Leaving Certificate Examination, 1903
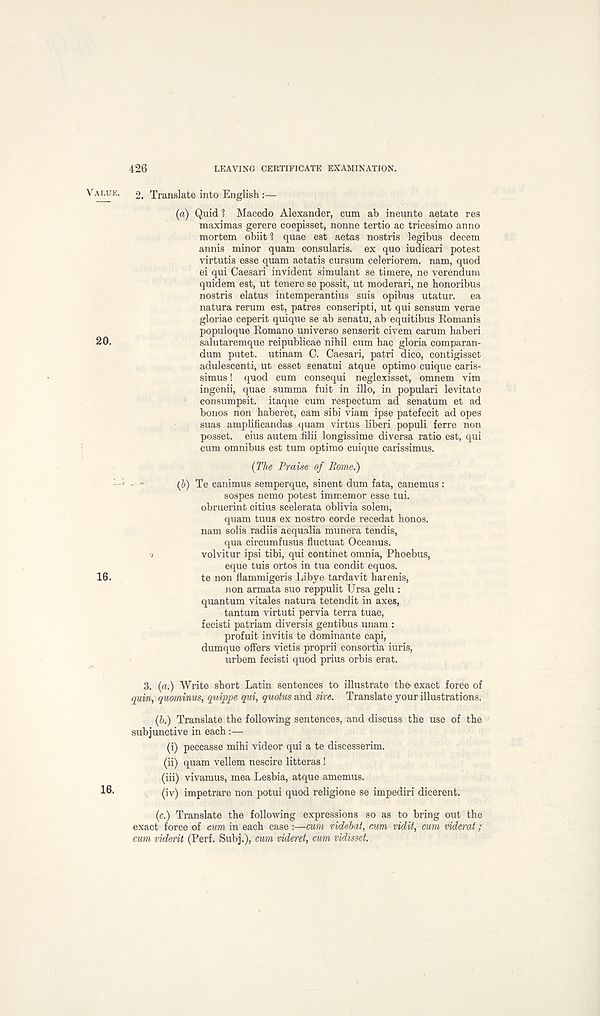
426
LEAVING CERTIFICATE EXAMINATION.
2. Translate into English
(a) Quid 1 Macedo Alexander, cum ab ineunte aetate res
maximas gerere coepisset, nonne tertio ac tricesimo anno
mortem obiit 1 quae est aetas nostris legibus decern
annis minor quam consularis. ex quo iudicari potest
virtutis esse quam aetatis cursum celeriorem. nam, quod
ei qui Caesari invident simulant se timere, ne verendum
quidem est, ut tenere se possit, ut moderari, ne honoribus
nostris elatus intemperantius suis opibus utatur.
ea
natura rerum est, patres conscripti, ut qui sensum verae
gloriae ceperit quique se ab senatu, ab equitibus Eomanis
populoque Romano universe senserit civem carum haberi
salutaremque reipublicae nihil cum hac gloria comparan-
dum putet. utinam 0. Caesari, patri dice, contigisset
adulescenti, ut esset senatui atque optimo cuique caris-
simus! quod cum consequi neglexisset, omnem vim
ingenii, quae summa fuit in illo, in populari levitate
consumpsit. itaque cum respectum ad senatum et ad
bonos non haberet, earn sibi viam ipse patefecit ad opes
suas amplificandas quam virtus liberi populi ferre non
posset, eius autem filii longissime diversa ratio est, qui
cum omnibus est turn optimo cuique carissimus.
(The Praise of Rome.)
- "
(b) Te canimus semperque, sinent dum fata, canemus :
sospes nemo potest immemor esse tui.
obruerint citius scelerata oblivia solem,
quam tuus ex nostro corde recedat honos.
nam solis radiis aequalia munera tendis,
qua circumfusus fluctuat Oceanus.
J
volvitur ipsi tibi, qui continet omnia, Phoebus,
eque tuis ortos in tua condit equos.
te non flammigeris Li bye tardavit harenis,
non armata suo reppulit Ursa gelu :
quantum vitales natura tetendit in axes,
tantum virtuti pervia terra tuae,
fecisti patriam diversis gentibus unam :
profuit invitis te dominante capi,
dumque offers victis proprii consortia iuris,
urbem fecisti quod prius orbis erat.
3. (a.) Write short Latin sentences to illustrate the- exact force of
quin, quominus, quippe qui, quotas and sive. Translate your illustrations.
(b.) Translate the following sentences, and discuss the use of the
subjunctive in each :—
(i) peccasse mihi videor qui a te discesserim.
(ii) quam vellem nescire litteras !
(iii) vivamus, mea Lesbia, atque amemus.
(iv) impetrare non potui quod religione se impediri dicerent.
(c.) Translate the following expressions so as to bring out the
exact force of cum in each case :—cum videbat, c,um vidit, cum viderat;
cum viderit (Perf. Subj.), cum videret, cum vidisset.